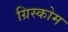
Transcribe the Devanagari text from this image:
ग्रिस्कोम